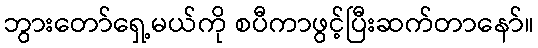
ဘွားတော်ရှေ့မယ်ကို စပီကာဖွင့်ပြီးဆက်တာနော်။